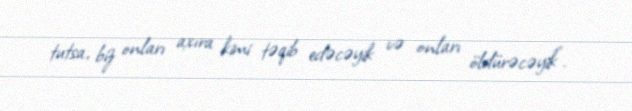
tutsa, biz onları axıra kimi təqib edəcəyik və onları öldürəcəyik”.